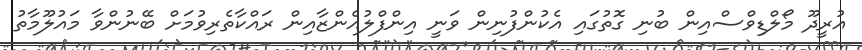
އުރީދޫ މޯލްޑިވްސްއިން ބުނި ގޮތުގައި އެކުންފުނިން ވަނީ އިންފްލުއެންޒާއިން ރައްކާތެރިވުމަށް ބޭނުންވާ މައުލޫމާތު